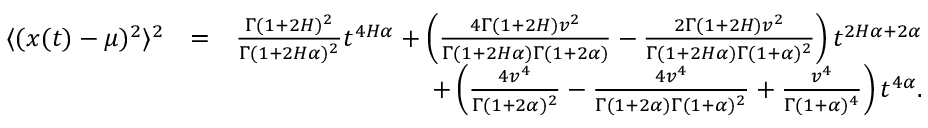
\begin{array} { r l r } { \langle ( x ( t ) - \mu ) ^ { 2 } \rangle ^ { 2 } } & { = } & { \frac { \Gamma ( 1 + 2 H ) ^ { 2 } } { \Gamma ( 1 + 2 H \alpha ) ^ { 2 } } t ^ { 4 H \alpha } + \left( \frac { 4 \Gamma ( 1 + 2 H ) v ^ { 2 } } { \Gamma ( 1 + 2 H \alpha ) \Gamma ( 1 + 2 \alpha ) } - \frac { 2 \Gamma ( 1 + 2 H ) v ^ { 2 } } { \Gamma ( 1 + 2 H \alpha ) \Gamma ( 1 + \alpha ) ^ { 2 } } \right) t ^ { 2 H \alpha + 2 \alpha } } \\ & { } & { + \left( \frac { 4 v ^ { 4 } } { \Gamma ( 1 + 2 \alpha ) ^ { 2 } } - \frac { 4 v ^ { 4 } } { \Gamma ( 1 + 2 \alpha ) \Gamma ( 1 + \alpha ) ^ { 2 } } + \frac { v ^ { 4 } } { \Gamma ( 1 + \alpha ) ^ { 4 } } \right) t ^ { 4 \alpha } . } \end{array}